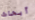
أبحاث